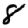
Digit: 8